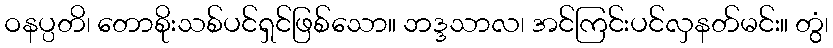
ဝနပ္ပတိ၊ တောစိုးသစ်ပင်ရှင်ဖြစ်သော။ ဘဒ္ဒသာလ၊ အင်ကြင်းပင်လှနတ်မင်း။ တွံ၊